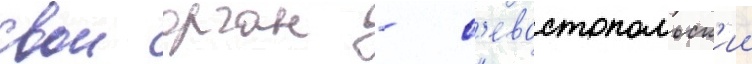
свои орган - с'евастопольск'ии